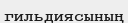
гильдиясының